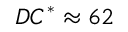
D C ^ { * } \approx 6 2 \